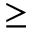
\geq